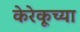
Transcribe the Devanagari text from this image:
केरेकूच्या